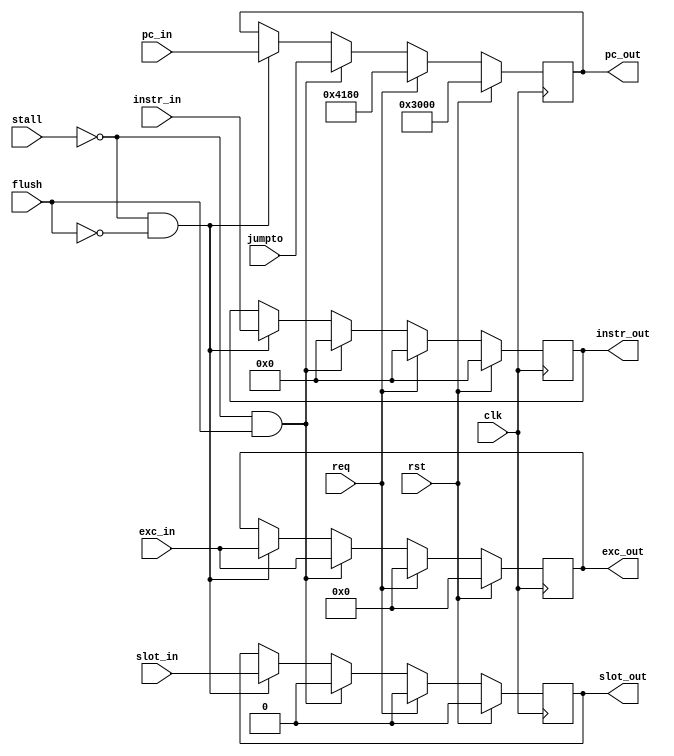
`timescale 1ns / 1ps

module StageD(
    input clk,
    input rst, // ! Sync reset
    input stall,
    input req,
    input flush,
    input [31:0] instr_in,
    input [31:0] pc_in,
    input [4:0] exc_in,
    input slot_in,
    input [31:0] jumpto,
    output reg [31:0] instr_out,
    output reg [31:0] pc_out,
    output reg [4:0] exc_out,
    output reg slot_out
    );

    always@(posedge clk) begin
        if(rst) begin
            instr_out <= 0;
            pc_out <= 32'h0000_3000;
            exc_out <= 0;
            slot_out <= 0;
        end else if(req) begin
            instr_out <= 0;
            pc_out <= 32'h0000_4180;
            exc_out <= 0;
            slot_out <= 0;
        end else if(!stall && flush) begin
            instr_out <= 0;
            exc_out <= exc_in; // or 0
            pc_out <= jumpto;
            slot_out <= 0;
        end else if(!stall && !flush) begin
            instr_out <= instr_in;
            pc_out <= pc_in;
            exc_out <= exc_in;
            slot_out <= slot_in;
        end
    end

endmodule